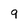
Character: 9